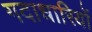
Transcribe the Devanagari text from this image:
गदाधारियों